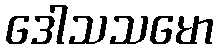
ဒေါသသမော